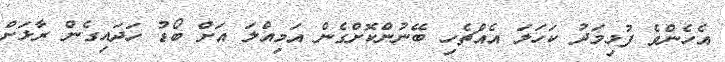
އެހެންވެ ފުޅިމަދު ކަހަލަ އެއްޗެހި ބޭނުންކޮށްގެން އަމިއްލަ އަށް ބޯޑު ހަދައިގެން ރާޅަށް